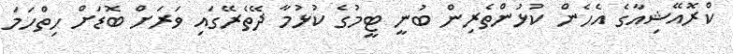
ކްރޮއޭޝިއާގެ އެހެން ކުޅުންތެރިން ބުނީ ޓީމުގެ ކުޅުމާ ދޭތެރޭގައި ވަރަށް ބޮޑަށް ހިތްހަމަ